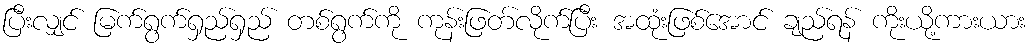
ပြီးလျှင် မြက်ရွက်ရှည်ရှည် တစ်ရွက်ကို ကုန်းဖြတ်လိုက်ပြီး အထုံးဖြစ်အောင် ချည်ရန် ကိုးယို့ကားယား